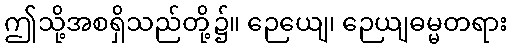
ဤသို့အစရှိသည်တို့၌။ ဉေယျေ၊ ဉေယျဓမ္မတရား